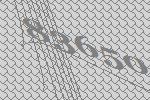
83650